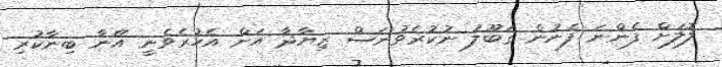
ލޮލަށް ފެންނަ ފެނުން ޤަބޫލު ނުކުރެވުނަސް ޒިޔާދާ އަށް އެހުރެވެނީ އޭނާ ބިނާކުރި